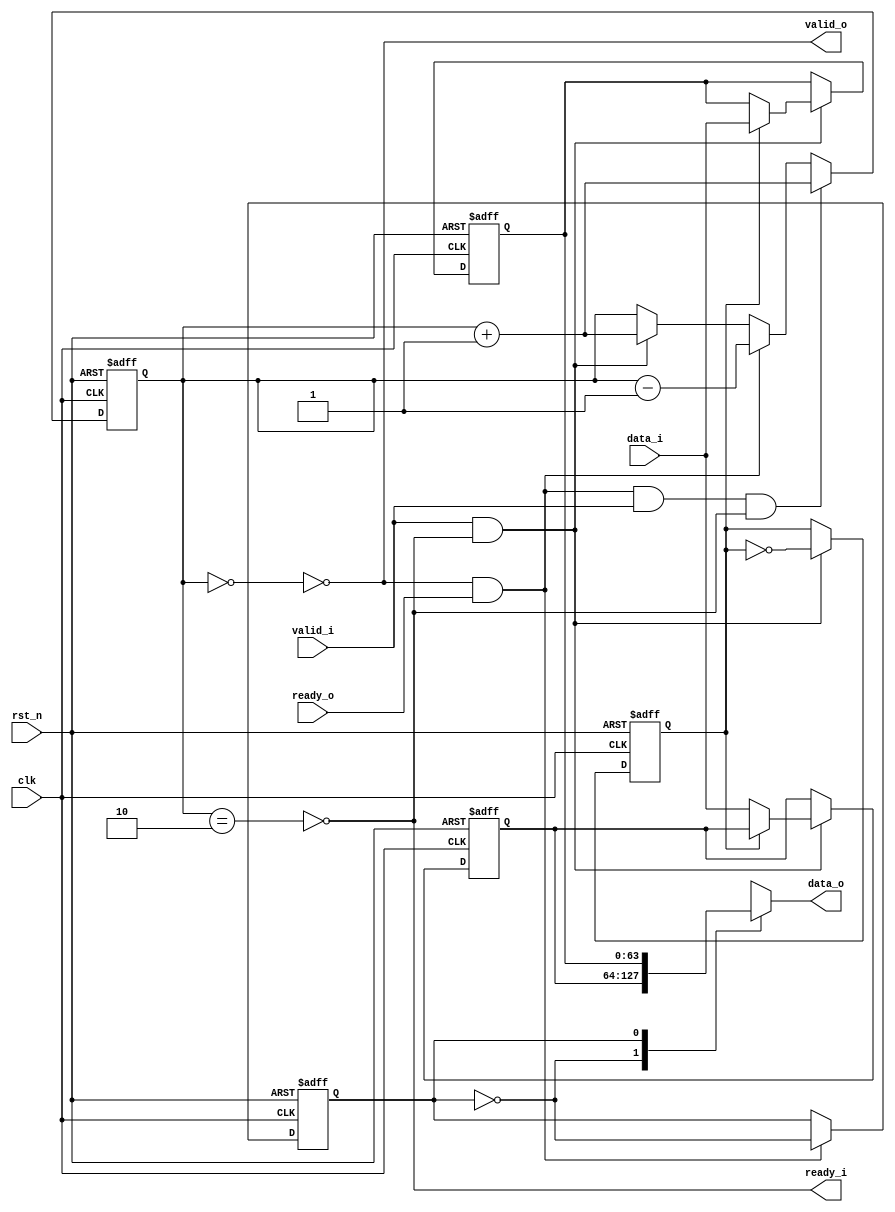
//
// FIFOvalid_i, ~fullready_i
// ready_o ~emptyvalid_o
module flow_control_buffer #(
    parameter DATA_WIDTH   = 64,
    parameter BUFFER_DEPTH = 2
) (
    input                   clk     ,
    input                   rst_n   ,
    //connect to axi_slave
    input  [DATA_WIDTH-1:0] data_i  ,
    input                   valid_i ,
    output                  ready_i ,
    //connect to array_ctl
    output                  valid_o ,
    output [DATA_WIDTH-1:0] data_o  ,
    input                   ready_o
);

    reg  [DATA_WIDTH-1:0] buffer_reg [0:BUFFER_DEPTH-1];
    reg                   ptr_wr    ;
    reg                   ptr_rd    ;
    reg  [1:0]            count     ;

    wire                  empty     ;
    wire                  full      ;
    wire                  wr_en     ;
    wire                  rd_en     ;
                
    always @(posedge clk or negedge rst_n) begin
        if(!rst_n)
            ptr_wr <= 1'd0;
        else if(wr_en && ~full)
            ptr_wr <= ~ptr_wr;
        else
        	ptr_wr <= ptr_wr;
    end

    always @(posedge clk or negedge rst_n) begin
        if(!rst_n)
            ptr_rd <= 1'd0;
        else if(~empty && rd_en)
            ptr_rd <= ~ptr_rd;
    end

    always @(posedge clk or negedge rst_n) begin
        if(!rst_n)
            count <= 2'd0;
        else if(~empty && rd_en && wr_en && ~full)
            count <= count + 1'd1;
        else if(~empty && rd_en)
            count <= count - 1'd1;
        else if(wr_en && ~full)
            count <= count + 1'd1;
    end

    assign full = count==2'd2;
    assign empty = count==2'd0;

    always @(posedge clk or negedge rst_n) begin
        if(!rst_n) begin
            buffer_reg[0] <= {DATA_WIDTH{1'd0}};
            buffer_reg[1] <= {DATA_WIDTH{1'd0}};
        end
        else if(wr_en && ~full)
            buffer_reg[ptr_wr] <= data_i;
    end

    assign data_o = buffer_reg[ptr_rd];

    assign ready_i = ~full;
    assign wr_en = valid_i;

    assign valid_o = ~empty;
    assign rd_en = ready_o;

endmodule

//if needs three-level flip-flop, you can instantiate this module three times and link them tegether.